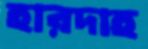
হারদাহ